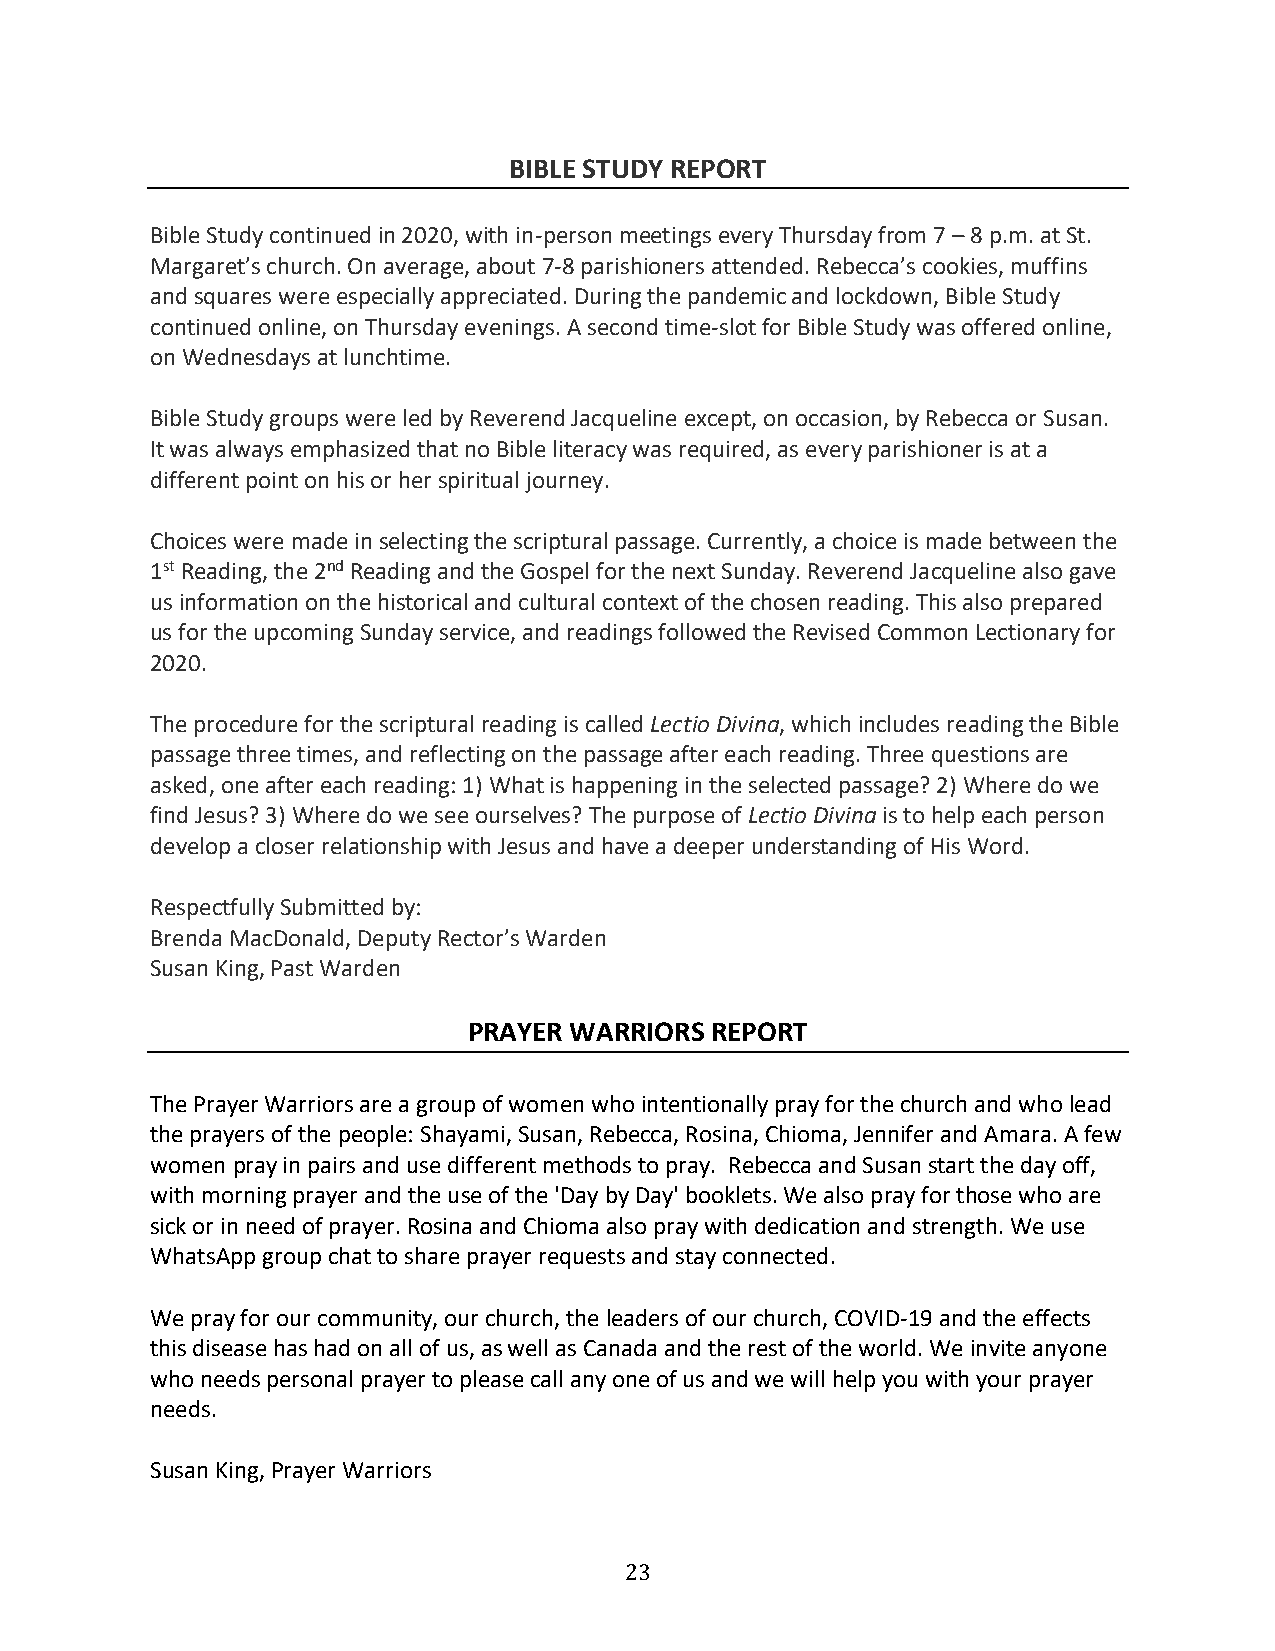
BIBLE STUDY REPORT
 Bible Study continued in 2020, with in-person meetings every Thursday from 7 – 8 p.m. at St.
 Margaret’s church. On average, about 7-8 parishioners attended. Rebecca’s cookies, muffins
 and squares were especially appreciated. During the pandemic and lockdown, Bible Study
 continued online, on Thursday evenings. A second time-slot for Bible Study was offered online,
 on Wednesdays at lunchtime.
 Bible Study groups were led by Reverend Jacqueline except, on occasion, by Rebecca or Susan.
 It was always emphasized that no Bible literacy was required, as every parishioner is at a
 different point on his or her spiritual journey.
 Choices were made in selecting the scriptural passage. Currently, a choice is made between the
 1st Reading, the 2nd Reading and the Gospel for the next Sunday. Reverend Jacqueline also gave
 us information on the historical and cultural context of the chosen reading. This also prepared
 us for the upcoming Sunday service, and readings followed the Revised Common Lectionary for
 2020.
 The procedure for the scriptural reading is called Lectio Divina, which includes reading the Bible
 passage three times, and reflecting on the passage after each reading. Three questions are
 asked, one after each reading: 1) What is happening in the selected passage? 2) Where do we
 find Jesus? 3) Where do we see ourselves? The purpose of Lectio Divina is to help each person
 develop a closer relationship with Jesus and have a deeper understanding of His Word.
 Respectfully Submitted by:
 Brenda MacDonald, Deputy Rector’s Warden
 Susan King, Past Warden
 PRAYER WARRIORS REPORT
 The Prayer Warriors are a group of women who intentionally pray for the church and who lead
 the prayers of the people: Shayami, Susan, Rebecca, Rosina, Chioma, Jennifer and Amara. A few
 women pray in pairs and use different methods to pray. Rebecca and Susan start the day off,
 with morning prayer and the use of the 'Day by Day' booklets. We also pray for those who are
 sick or in need of prayer. Rosina and Chioma also pray with dedication and strength. We use
 WhatsApp group chat to share prayer requests and stay connected.
 We pray for our community, our church, the leaders of our church, COVID-19 and the effects
 this disease has had on all of us, as well as Canada and the rest of the world. We invite anyone
 who needs personal prayer to please call any one of us and we will help you with your prayer
 needs.
 Susan King, Prayer Warriors
 23